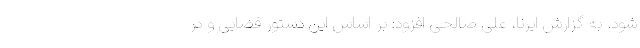
شود. به گزارش ایرنا، علی صالحی افزود: بر اساس این دستور قضایی و در